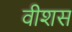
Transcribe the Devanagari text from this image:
वीशस